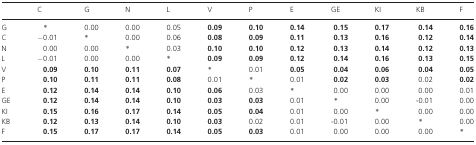
<table><thead><tr><td></td><td><b>C</b></td><td><b>G</b></td><td><b>N</b></td><td><b>L</b></td><td><b>V</b></td><td><b>P</b></td><td><b>E</b></td><td><b>GE</b></td><td><b>KI</b></td><td><b>KB</b></td><td><b>F</b></td></tr></thead><tbody><tr><td>G</td><td>*</td><td>0.00</td><td>0.00</td><td>0.05</td><td><b>0.09</b></td><td><b>0.10</b></td><td><b>0.14</b></td><td><b>0.15</b></td><td><b>0.17</b></td><td><b>0.14</b></td><td><b>0.16</b></td></tr><tr><td>C</td><td>−0.01</td><td>*</td><td>0.00</td><td>0.06</td><td><b>0.08</b></td><td><b>0.09</b></td><td><b>0.11</b></td><td><b>0.13</b></td><td><b>0.16</b></td><td><b>0.12</b></td><td><b>0.14</b></td></tr><tr><td>N</td><td>0.00</td><td>0.00</td><td>*</td><td>0.03</td><td><b>0.10</b></td><td><b>0.10</b></td><td><b>0.12</b></td><td><b>0.13</b></td><td><b>0.14</b></td><td><b>0.12</b></td><td><b>0.13</b></td></tr><tr><td>L</td><td>−0.01</td><td>0.00</td><td>0.00</td><td>*</td><td><b>0.09</b></td><td><b>0.09</b></td><td><b>0.12</b></td><td><b>0.14</b></td><td><b>0.16</b></td><td><b>0.13</b></td><td><b>0.15</b></td></tr><tr><td>V</td><td><b>0.09</b></td><td><b>0.10</b></td><td><b>0.11</b></td><td><b>0.07</b></td><td>*</td><td>0.01</td><td><b>0.05</b></td><td><b>0.04</b></td><td><b>0.06</b></td><td><b>0.04</b></td><td><b>0.05</b></td></tr><tr><td>P</td><td><b>0.10</b></td><td><b>0.11</b></td><td><b>0.11</b></td><td><b>0.08</b></td><td>0.01</td><td>*</td><td>0.01</td><td><b>0.02</b></td><td><b>0.03</b></td><td>0.02</td><td><b>0.02</b></td></tr><tr><td>E</td><td><b>0.12</b></td><td><b>0.14</b></td><td><b>0.14</b></td><td><b>0.10</b></td><td><b>0.06</b></td><td>0.03</td><td>*</td><td>0.00</td><td>0.00</td><td>0.00</td><td>0.01</td></tr><tr><td>GE</td><td><b>0.12</b></td><td><b>0.14</b></td><td><b>0.14</b></td><td><b>0.10</b></td><td><b>0.03</b></td><td><b>0.03</b></td><td>0.01</td><td>*</td><td>0.00</td><td>-0.01</td><td>0.00</td></tr><tr><td>KI</td><td><b>0.15</b></td><td><b>0.16</b></td><td><b>0.17</b></td><td><b>0.14</b></td><td><b>0.05</b></td><td><b>0.04</b></td><td>0.01</td><td>0.00</td><td>*</td><td>0.00</td><td>0.00</td></tr><tr><td>KB</td><td><b>0.12</b></td><td><b>0.13</b></td><td><b>0.14</b></td><td><b>0.10</b></td><td><b>0.03</b></td><td>0.02</td><td>0.01</td><td>-0.01</td><td>0.00</td><td>*</td><td>0.00</td></tr><tr><td>F</td><td><b>0.15</b></td><td><b>0.17</b></td><td><b>0.17</b></td><td><b>0.14</b></td><td><b>0.05</b></td><td><b>0.03</b></td><td>0.01</td><td>0.00</td><td>0.00</td><td>0.00</td><td>*</td></tr></tbody></table>